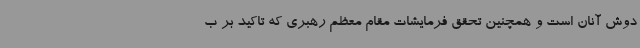
دوش آنان است و همچنین تحقق فرمایشات مقام معظم رهبری که تاکید بر ب